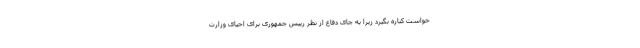
خواست کناره بگیرد زیرا به جای دفاع از نظر رییس جمهوری برای احیای وزارت